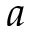
a